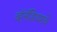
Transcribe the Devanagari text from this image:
व्हॅनॅडियमचे